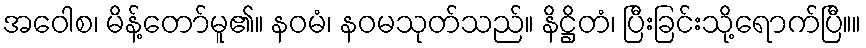
အဝေါစ၊ မိန့်တော်မူ၏။ နဝမံ၊ နဝမသုတ်သည်။ နိဋ္ဌိတံ၊ ပြီးခြင်းသို့ရောက်ပြီ။။